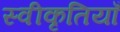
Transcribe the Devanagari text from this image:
स्वीकृतियाँ